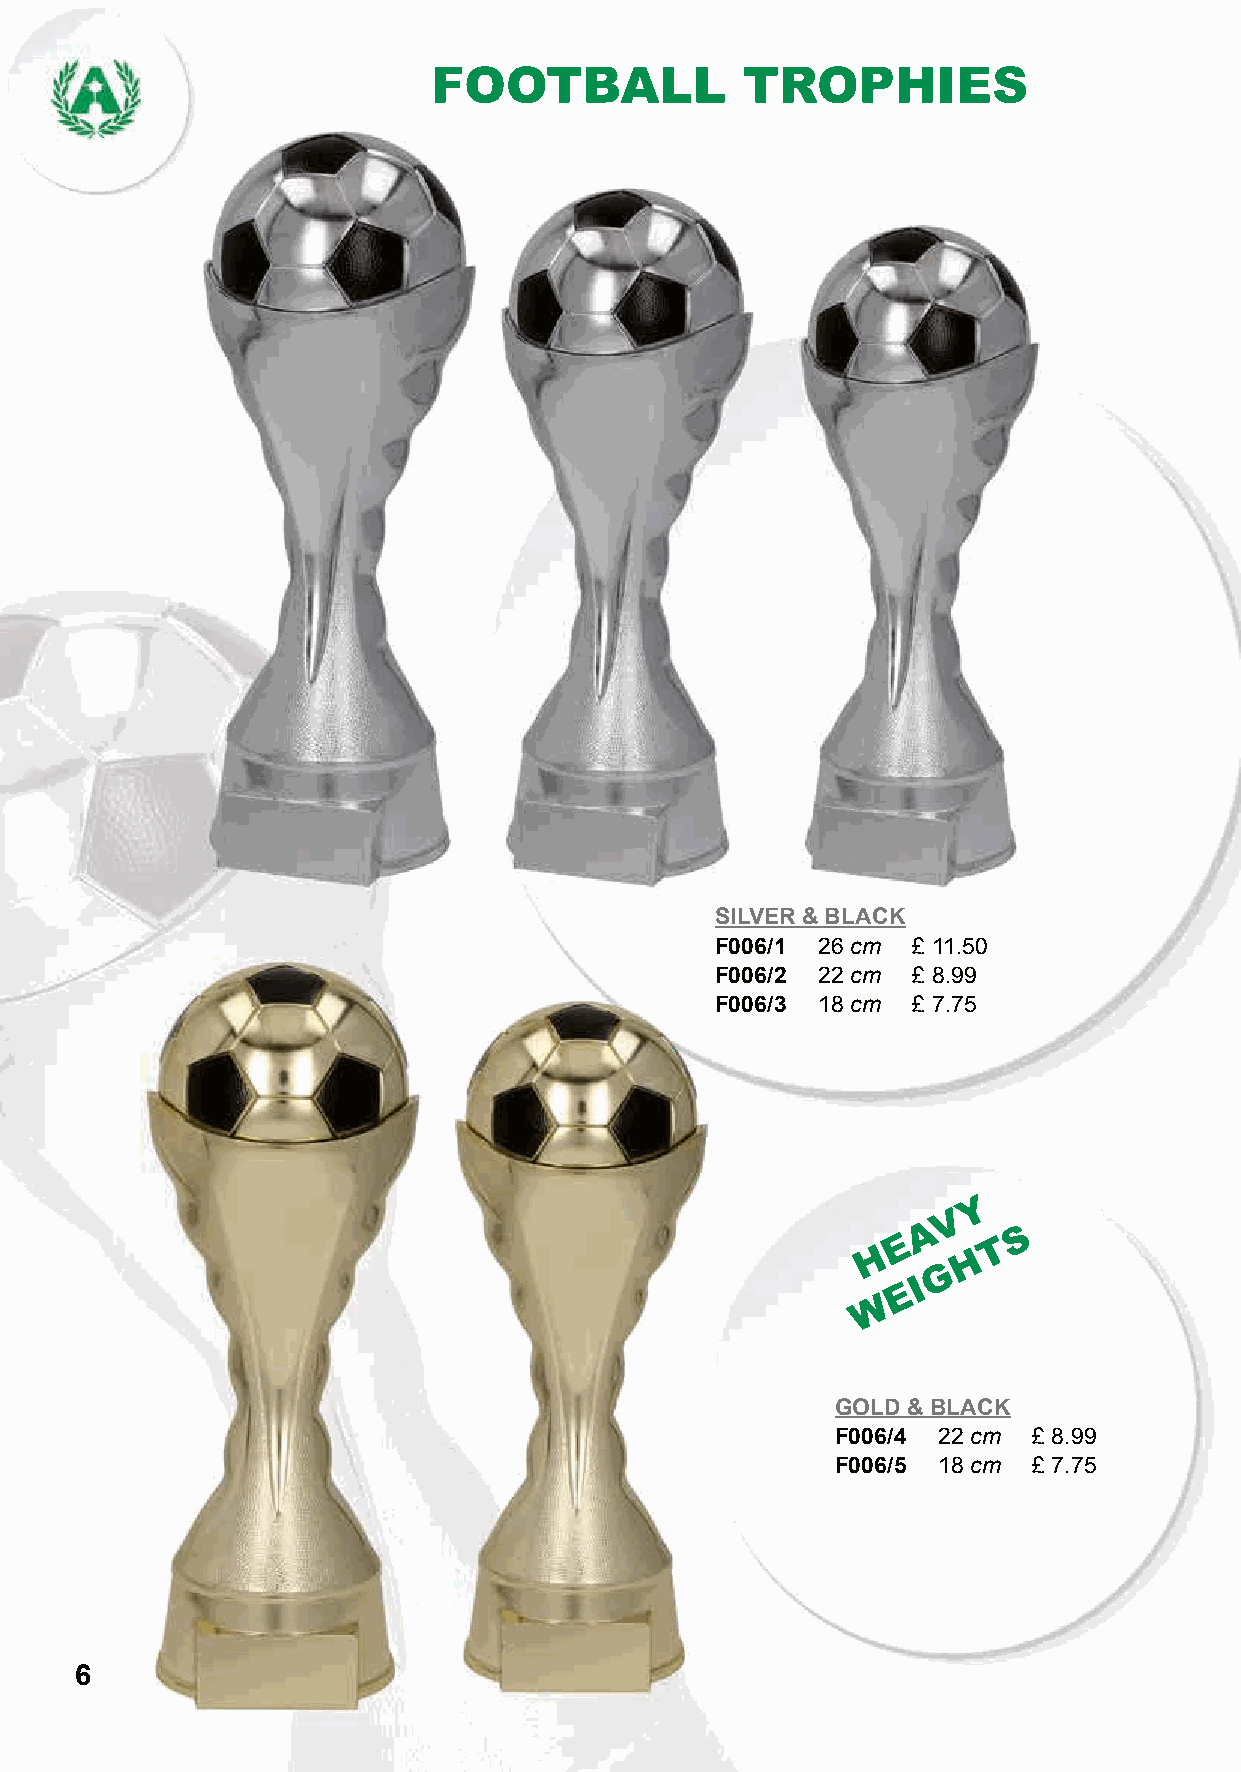
FOOTBALL            TROPHIES
 SILVER & BLACK
 F006/1 26 cm £ 11.50
 F006/2 22 cm £ 8.99
 F006/3 18 cm £ 7.75
 Y
 V
 A     S
 E     T
 H      H
 G
 I
 E
 W
 GOLD & BLACK
 F006/4 22 cm £ 8.99
 F006/5 18 cm £ 7.75
 6